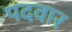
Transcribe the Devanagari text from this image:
पदवार